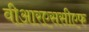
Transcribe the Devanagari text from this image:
वीआरएससीएफ